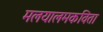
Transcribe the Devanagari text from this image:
मलयालमकविता